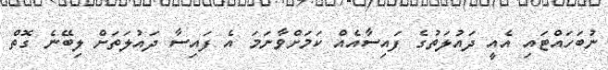
ނުބަހައްޓައި އެއީ ދައުލަތުގެ ފައިސާއެއް ކަމަށްވާނަމަ އެ ފައިސާ ދައުލަތަށް ލިބޭނެ ގޮތް